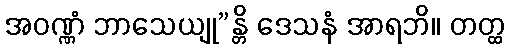
အဝဏ္ဏံ ဘာသေယျု”န္တိ ဒေသနံ အာရဘိ။ တတ္ထ